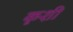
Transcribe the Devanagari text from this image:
कृशी